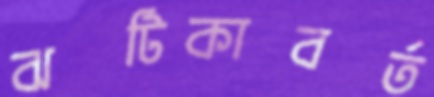
ঝটিকাবর্ত